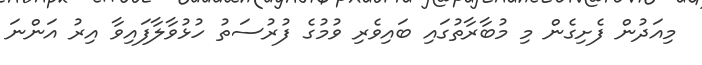
މިއަދުން ފެށިގެން މި މުބާރާތުގައި ބައިވެރި ވުމުގެ ފުރުސަތު ހުޅުވާލާފައިވާ އިރު އަންނަ